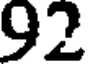
92